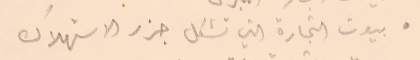
● بيوت التجارة التي تشكل جزر الاستهلاك